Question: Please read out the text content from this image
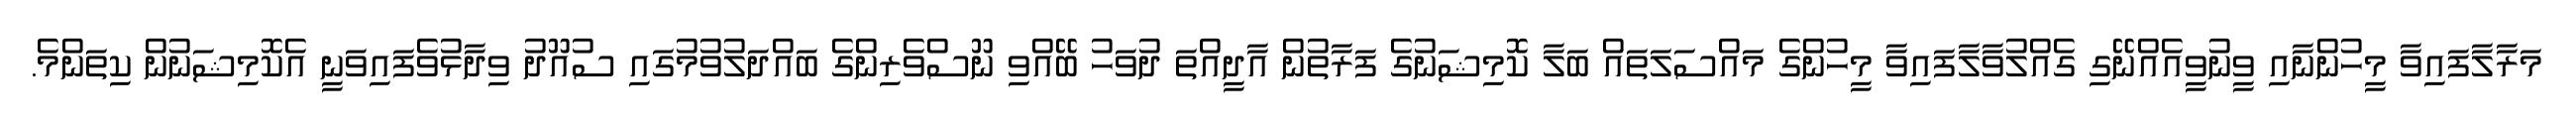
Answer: މަރާލާފައިވާ މީހުންނާއި ވީނުވީއެއްނޭގި ގެއްލުވާލާފައިވާ މީހުންގެ މައްސަލަތައް ބަލާ ކޮމިޝަނުގެ ފަރާތުން އާދީއްތަ ދުވަހު ބޭއްވި ނޫސްވެރިންގެ ބައްދަލުވުމުގައި ސުއޫދު ވިދާޅުވެފައިވަނީ އެކޮމިޝަނުން ކިތަންމެ.